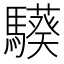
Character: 𩦟